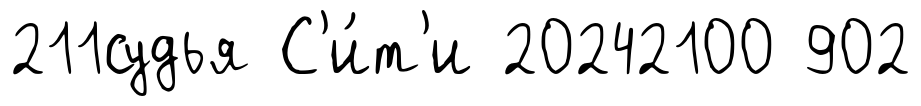
211судья С'и́т'и 20242100 902